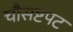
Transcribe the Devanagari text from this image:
चौसष्टपट